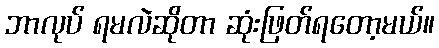
ဘာလုပ် ရမလဲဆိုတာ ဆုံးဖြတ်ရတော့မယ်။